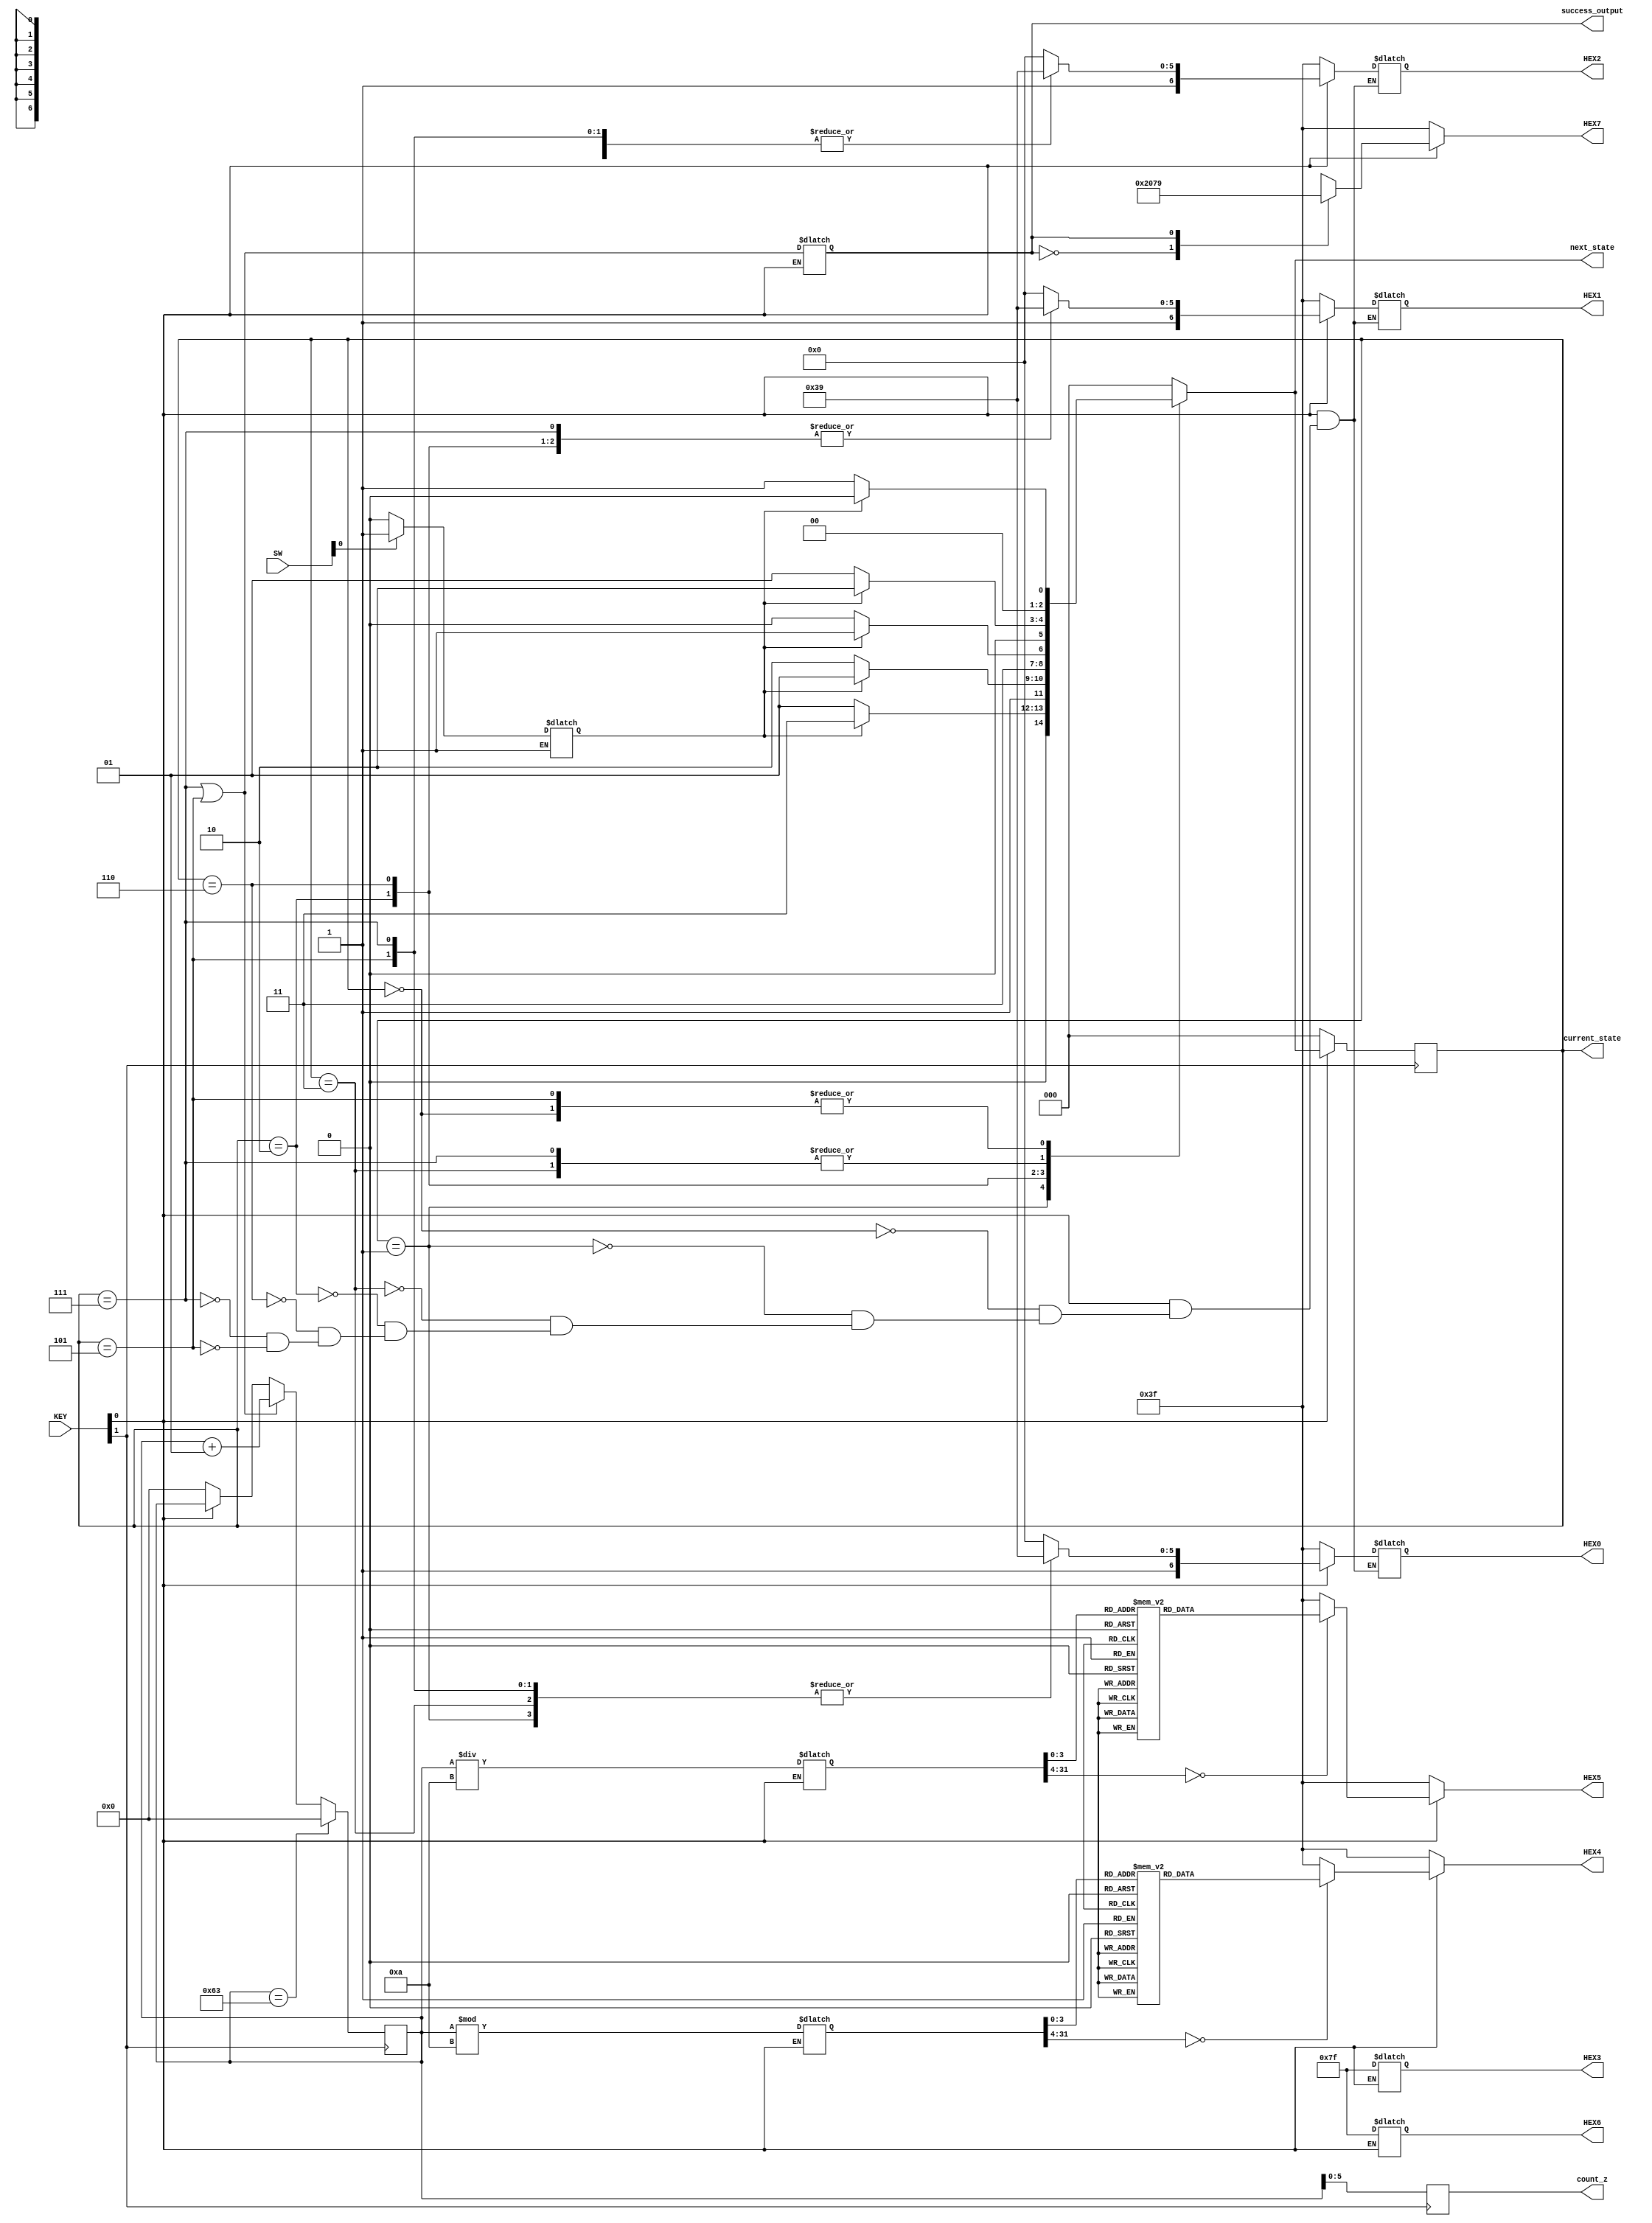

//=======================================================
//  This code is generated by Terasic System Builder
//=======================================================

module FSM_MEALY(

/*	//////////// CLOCK //////////
	input 		          		CLOCK_50,
	input 		          		CLOCK2_50,
	input 		          		CLOCK3_50,
*/
	//////////// LED //////////
//	output		     [8:0]		LEDG,
//	output		    [17:0]		LEDR,

	//////////// KEY //////////
	input 		     [3:0]		KEY,

	//////////// SW //////////
	input 		    [17:0]		SW,

	//////////// SEG7 //////////
	output	reg	     [6:0]		HEX0,
	output	reg	     [6:0]		HEX1,
	output	reg	     [6:0]		HEX2,
	output	reg	     [6:0]		HEX3,
	output	reg	     [6:0]		HEX4,
	output	reg	     [6:0]		HEX5,
	output	reg	     [6:0]		HEX6,
	output	reg	     [6:0]		HEX7,
	
	
	
	
	output reg success_output, 
	output reg [5:0] count_z,   
	output reg [2:0] current_state,next_state
	
);



//=======================================================
//  REG/WIRE declarations
//=======================================================

parameter start    = 3'b000,
          first    = 3'b001,
          second   = 3'b011,
          third    = 3'b010,
          delay    = 3'b110,
          successD = 3'b111,
          success  = 3'b101;

integer count_value_number = 0;
integer count_value_max = 99;
integer sequential_inputD = 0;

integer count_digit0 = 0;
integer count_digit1 = 0;


// Check KEY[0], hold at start, or move to next state

  always @(posedge KEY[1]) 
    begin 
      if(!KEY[0])   
        current_state <= start; 
      else         
        current_state <= next_state; 
    end  

    



always @(*)
  begin
    if(SW[0])
      sequential_inputD <= 1'b1;
    else if(!SW[0])
      sequential_inputD <= 1'b0;
  end



  always @(*) 
    begin

      if (!KEY[0]) //If KEY[0] is equal to 0, program returns to start
        next_state = start; 

    else  
    
  	 success_output <= (current_state == successD) | (current_state == success);
    begin 
      case(current_state) 
      
      start: begin 
             
              if (sequential_inputD==1)
                next_state = start;     
              else                      
                next_state = first;           
             end  
               
      first: begin 
             
              if (sequential_inputD==1)
                next_state = second;     
              else                      
                next_state = first;               
             end 
      
      second: begin

              if (sequential_inputD==1)                              
                next_state = third;
              else                 
                next_state = first;                     
             end 
      
      third: begin

              if (sequential_inputD==1)                              
                next_state = success;
              else                 
                next_state = delay;                     
             end 

      delay: begin 
             
              if (sequential_inputD==1)               
                next_state = successD; 
              else                  
                next_state = delay;           
             end 
      
      successD: begin 
             
              if (sequential_inputD==1)               
                next_state = third; 
              else                  
                next_state = first;           
             end              

      success: begin 
             
              if (sequential_inputD==1)               
                next_state = start; 
              else                     
                next_state = first;           
             end 

      default: begin 
                next_state = start; 
               end 
      
      endcase 
    
    end
   end 




   
  // COUNT count_z, z
  always @(posedge KEY[1]) 
    begin 

      if(!KEY[0]) begin            
        count_value_number <= 0; 
      end
	if(count_value_number==count_value_max)
		count_value_number<=0;

      else if (current_state == successD | current_state == success) 
        count_value_number <= count_value_number + 1; 
		count_z <= count_value_number;
		
    
    end





  always @(*) 
    begin 
      if(KEY[0] == 1'b0)          
             HEX7 = 7'b0111111; 
      else                       
        begin 
          case(success_output) 
            0: HEX7 = 7'b1000000; 
            1: HEX7 = 7'b1111001; 
            default: HEX7 = 7'b0111111; 
            endcase
          end
        end







  always @(*) 
    begin 
      if(!KEY[0]) begin    
 		  HEX0 = 7'b0111111; 
	     HEX1 = 7'b0111111;		 
	     HEX2 = 7'b0111111;       
		  
		  HEX4 = 7'b0111111; 
	     HEX5 = 7'b0111111;
	end

      else                       
        begin 
		  HEX6 = 7'b1111111;
		  HEX3 = 7'b1111111;
	

		  
		case(current_state) 
		 3'b000: HEX0 = 7'b1000000; //0 
	    3'b001: HEX0 = 7'b1111001;
		 3'b011: HEX0 = 7'b1111001;
		 3'b010: HEX0 = 7'b1000000;
		 3'b110: HEX0 = 7'b1000000;
		 3'b111: HEX0 = 7'b1111001;
		 3'b101: HEX0 = 7'b1111001;
		 endcase
		 
		 case(current_state) 
		 3'b000: HEX1 = 7'b1000000; 
	    3'b001: HEX1 = 7'b1000000;
		 3'b011: HEX1 = 7'b1111001;
		 3'b010: HEX1 = 7'b1111001;
		 3'b110: HEX1 = 7'b1111001;
		 3'b111: HEX1 = 7'b1111001;
		 3'b101: HEX1 = 7'b1000000; 
		 endcase
		 
		 case(current_state) 
		 3'b000: HEX2 = 7'b1000000; 
	    3'b001: HEX2 = 7'b1000000;
		 3'b011: HEX2 = 7'b1000000;
		 3'b010: HEX2 = 7'b1000000;
		 3'b110: HEX2 = 7'b1111001;
		 3'b111: HEX2 = 7'b1111001;
		 3'b101: HEX2 = 7'b1111001; 
		 endcase
		  
		  
		  
		  
		  
	count_digit0 <= count_value_number%10;
	
          case(count_digit0) 
            0: HEX4 = 7'b1000000; 
            1: HEX4 = 7'b1111001; 
            2: HEX4 = 7'b0100100; 
            3: HEX4 = 7'b0110000; 
            4: HEX4 = 7'b0011001; 
            5: HEX4 = 7'b0010010; 
            6: HEX4 = 7'b0000010; 
            7: HEX4 = 7'b1111000; 
            8: HEX4 = 7'b0000000; 
            9: HEX4 = 7'b0011000; 
            default: HEX4 = 7'b0111111;
		endcase
	

	count_digit1 <= count_value_number/10; 
          case(count_digit1) 
            0: HEX5 = 7'b1000000; 
            1: HEX5 = 7'b1111001; 
            2: HEX5 = 7'b0100100; 
            3: HEX5 = 7'b0110000; 
            4: HEX5 = 7'b0011001; 
            5: HEX5 = 7'b0010010; 
            6: HEX5 = 7'b0000010; 
            7: HEX5 = 7'b1111000; 
            8: HEX5 = 7'b0000000; 
            9: HEX5 = 7'b0011000; 
            default: HEX5 = 7'b0111111;


          endcase 
        end
    end 





endmodule 



//=======================================================
//  Structural coding
//=======================================================